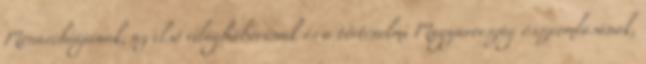
Monarchiájának, az első világháborúnak és a történelmi Magyarország összeomlásának,